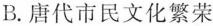
B.唐代市民文化繁荣